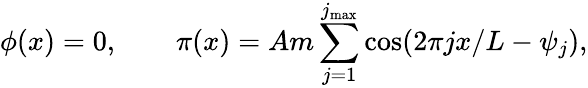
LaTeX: \phi(x)=0,\qquad\pi(x)=Am\sum_{j=1}^{j_{\mathrm{max}}}\cos(2\pi jx/L-\psi_{j}),